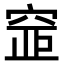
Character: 𥦐